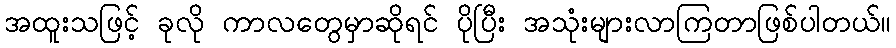
အထူးသဖြင့် ခုလို ကာလတွေမှာဆိုရင် ပိုပြီး အသုံးများလာကြတာဖြစ်ပါတယ်။